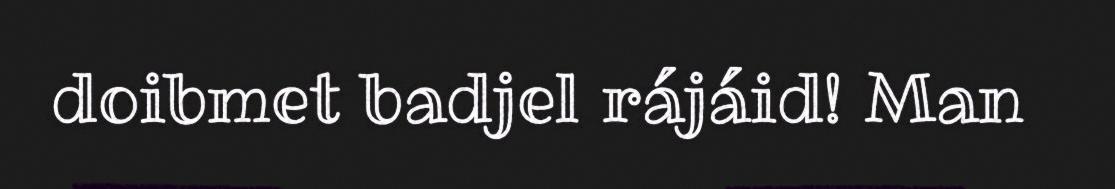
doibmet badjel rájáid! Man